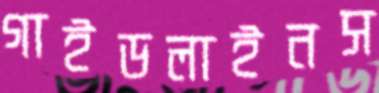
গাইডলাইনস